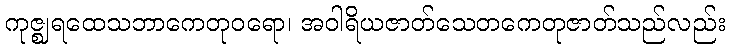
ကုဇ္ဈရထေသဘာကေတုဝရော၊ အဝါရိယဇာတ်သေတကေတုဇာတ်သည်လည်း